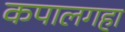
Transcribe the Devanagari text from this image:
कपालगहा